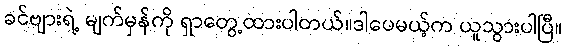
ခင်ဗျားရဲ့ မျက်မှန်ကို ရှာတွေ့ထားပါတယ်။ဒါပေမယ့်က ယူသွားပါပြီ။